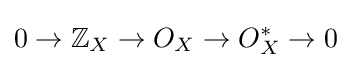
0\to \mathbb {Z} _{X}\to O_{X}\to O_{X}^{*}\to 0